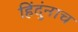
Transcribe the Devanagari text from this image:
हिंदुंनाच